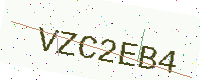
Text: VZC2EB4